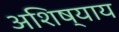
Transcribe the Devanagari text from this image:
अशिष्याय